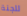
للجنة